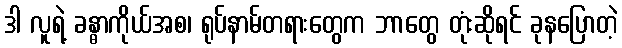
ဒါ လူရဲ့ ခန္ဓာကိုယ်အစ၊ ရုပ်နာမ်တရားတွေက ဘာတွေ တုံးဆိုရင် ခုနပြောတဲ့